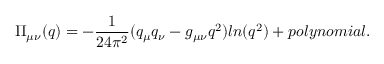
\Pi _ { \mu \nu } ( q ) = - \frac { 1 } { 2 4 \pi ^ { 2 } } ( q _ { \mu } q _ { \nu } - g _ { \mu \nu } q ^ { 2 } ) l n ( q ^ { 2 } ) + p o l y n o m i a l .